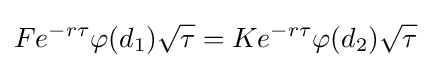
Fe^{-r\tau }\varphi (d_{1}){\sqrt {\tau }}=Ke^{-r\tau }\varphi (d_{2}){\sqrt {\tau }}